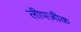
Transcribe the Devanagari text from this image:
लीपज़ीक